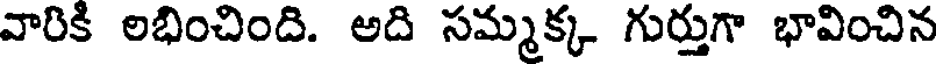
వారికి లభించింది. అది సమ్మక్క గుర్తుగా భావించిన